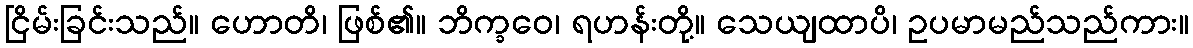
ငြိမ်းခြင်းသည်။ ဟောတိ၊ ဖြစ်၏။ ဘိက္ခဝေ၊ ရဟန်းတို့။ သေယျထာပိ၊ ဥပမာမည်သည်ကား။